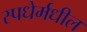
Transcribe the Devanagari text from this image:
स्पधेर्मधील